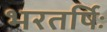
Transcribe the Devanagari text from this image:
भरतर्षिः